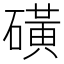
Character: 磺